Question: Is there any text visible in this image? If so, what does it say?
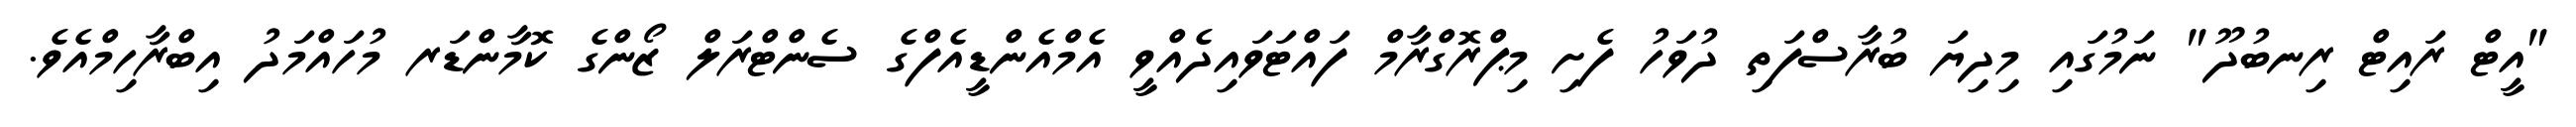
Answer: "އީޓް ރައިޓް ރިނބުދޫ" ނަމުގައި މިދިޔަ ބުރާސްފަތި ދުވަހު ފެށި މިޕްރޮގްރާމް ފައްޓަވައިދެއްވީ އެމްއެންޑީއެފްގެ ސެންޓްރަލް ޒޯންގެ ކޮމާންޑަރ މުހައްމަދު އިބްރާހިމްއެވެ.